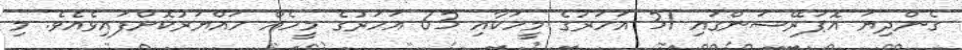
ގެންދިޔަ އޮޕަރޭޝަންގައި 31 އަހަރުގެ މީހަކާއި 63 އަހަރުގެ މީހެއް ހައްޔަރުކޮށްފައިވެއެވެ. މި